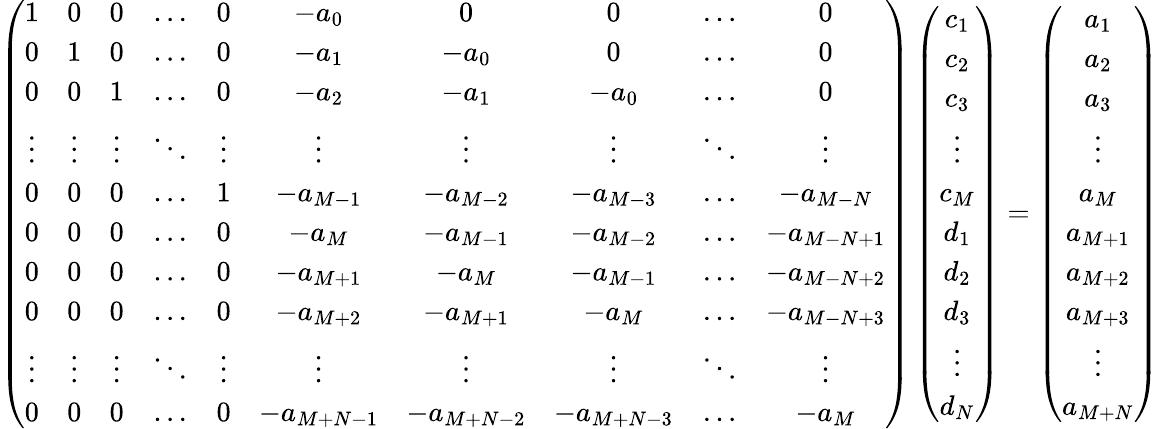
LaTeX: \begin{array}{r}{\left(\begin{array}{cccccccccc}{1}&{0}&{0}&{\ldots}&{0}&{-a_{0}}&{0}&{0}&{\ldots}&{0}\\ {0}&{1}&{0}&{\ldots}&{0}&{-a_{1}}&{-a_{0}}&{0}&{\ldots}&{0}\\ {0}&{0}&{1}&{\ldots}&{0}&{-a_{2}}&{-a_{1}}&{-a_{0}}&{\ldots}&{0}\\ {\vdots}&{\vdots}&{\vdots}&{\ddots}&{\vdots}&{\vdots}&{\vdots}&{\vdots}&{\ddots}&{\vdots}\\ {0}&{0}&{0}&{\ldots}&{1}&{-a_{M-1}}&{-a_{M-2}}&{-a_{M-3}}&{\ldots}&{-a_{M-N}}\\ {0}&{0}&{0}&{\ldots}&{0}&{-a_{M}}&{-a_{M-1}}&{-a_{M-2}}&{\ldots}&{-a_{M-N+1}}\\ {0}&{0}&{0}&{\ldots}&{0}&{-a_{M+1}}&{-a_{M}}&{-a_{M-1}}&{\ldots}&{-a_{M-N+2}}\\ {0}&{0}&{0}&{\ldots}&{0}&{-a_{M+2}}&{-a_{M+1}}&{-a_{M}}&{\ldots}&{-a_{M-N+3}}\\ {\vdots}&{\vdots}&{\vdots}&{\ddots}&{\vdots}&{\vdots}&{\vdots}&{\vdots}&{\ddots}&{\vdots}\\ {0}&{0}&{0}&{\ldots}&{0}&{-a_{M+N-1}}&{-a_{M+N-2}}&{-a_{M+N-3}}&{\ldots}&{-a_{M}}\end{array}\right)\left(\begin{array}{c}{c_{1}}\\ {c_{2}}\\ {c_{3}}\\ {\vdots}\\ {c_{M}}\\ {d_{1}}\\ {d_{2}}\\ {d_{3}}\\ {\vdots}\\ {d_{N}}\end{array}\right)=\left(\begin{array}{c}{a_{1}}\\ {a_{2}}\\ {a_{3}}\\ {\vdots}\\ {a_{M}}\\ {a_{M+1}}\\ {a_{M+2}}\\ {a_{M+3}}\\ {\vdots}\\ {a_{M+N}}\end{array}\right)}\end{array}